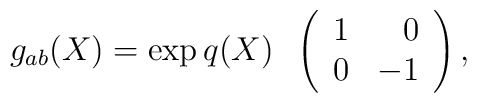
g_{ab}(X) = \exp{q(X)}\;\;\left( \begin{array}{cr} 1 & 0 \\ 0 & -1 \end{array} \right),